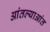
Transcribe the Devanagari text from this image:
आंतल्याआंत